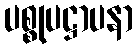
ပစ္စုပဋ္ဌာပနာ